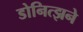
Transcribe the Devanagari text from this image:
डोनित्झने